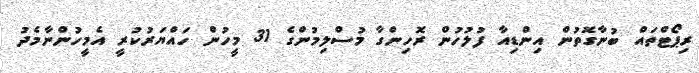
ރިޕޯޓްތައް ބުނާގޮތުން އިންޑިއާ ފުލުހުން ރޮހިންގާ މުސްލިމުންގެ 31 މީހުން ހައްޔަރުކުރީ އެމީހުންނާމެދު